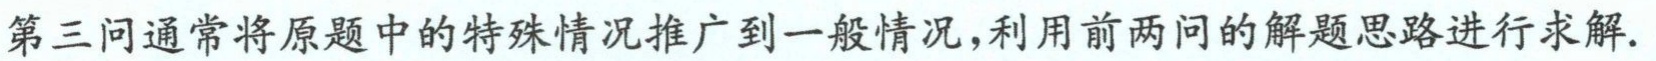
第三问通常将原题中的特殊情况推广到一般情况,利用前两问的解题思路进行求解.